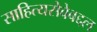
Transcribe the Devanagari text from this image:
साहित्यसेवेबद्दल